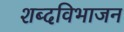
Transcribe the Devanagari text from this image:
शब्दविभाजन